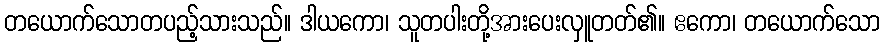
တယောက်သောတပည့်သားသည်။ ဒါယကော၊ သူတပါးတို့အားပေးလှူတတ်၏။ ဧကော၊ တယောက်သော